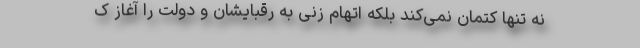
نه تنها کتمان نمی‌کند بلکه اتهام زنی به رقبایشان و دولت را آغاز ک